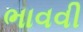
ભાવવી